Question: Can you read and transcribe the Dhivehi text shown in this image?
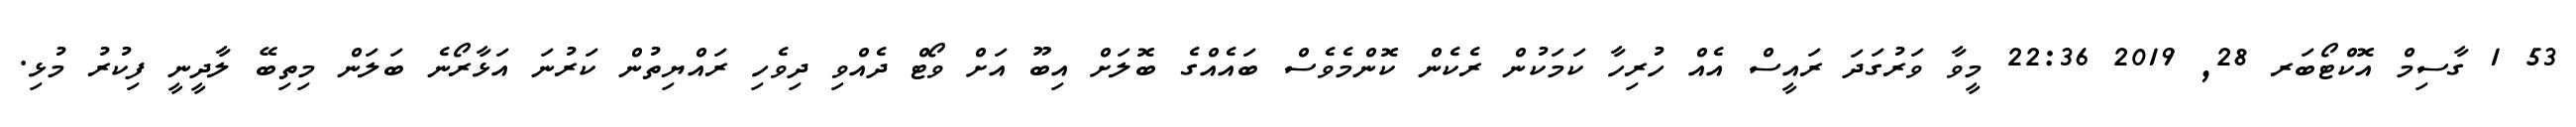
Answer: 53 1 ގާސިމް އޮކްޓޯބަރ 28, 2019 22:36 މީވާ ވަރުގަދަ ރައީސް އެއް ހުރިހާ ކަމަކުން ރެކެން ކޮންމެވެސް ބައެއްގެ ބޮލަށް އިބޫ އަށް ވޯޓް ދެއްވި ދިވެހި ރައްޔިތުން ކަރުނަ އަޅާރޯނެ ބަލަން މިތިބޭ ލާދީނީ ފިކުރު މުޅި.